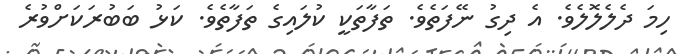
ހިމަ ދެލެލޮލެވެ. އެ ދިގު ނޭފަތެވެ. ތަފާތަކީ ކުލައިގެ ތަފާތެވެ. ކަޅު ބަބުރަކަށްވުރެ